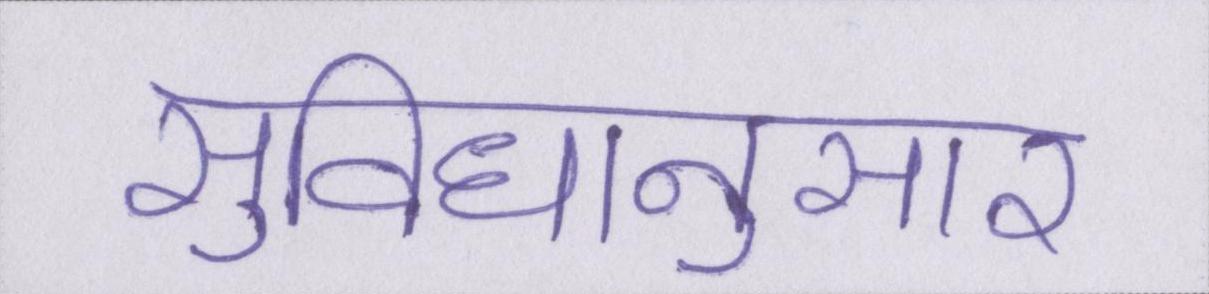
सुविधानुसार